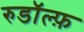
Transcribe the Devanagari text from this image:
रुडॉल्फ़